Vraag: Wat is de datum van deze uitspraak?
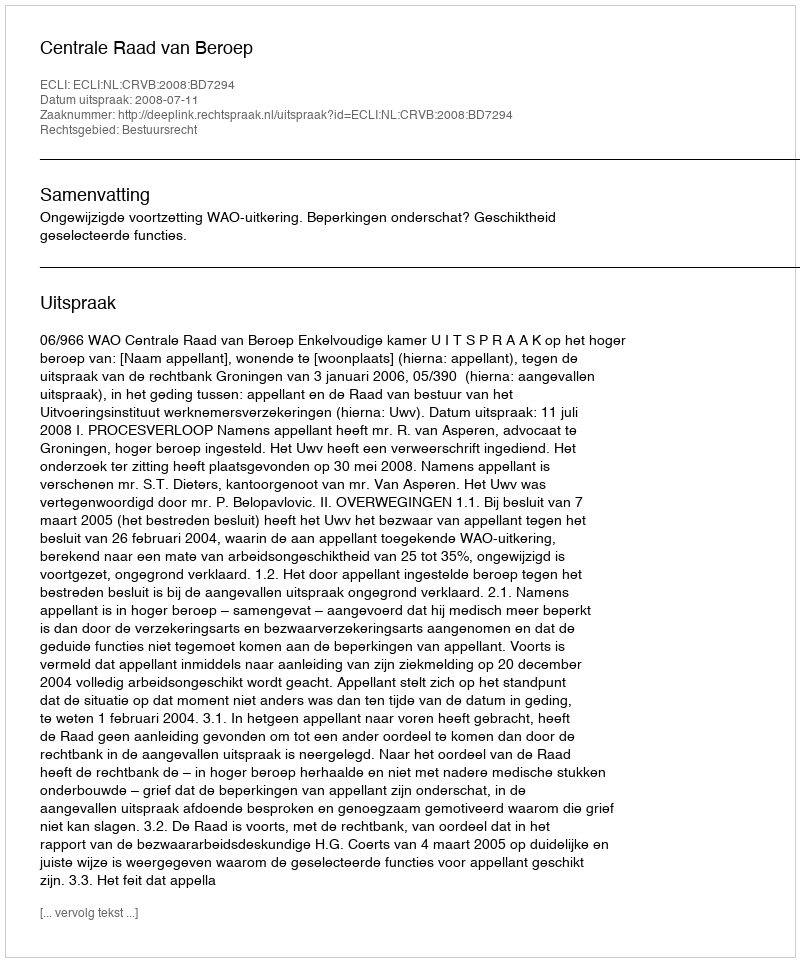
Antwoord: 2008-07-11